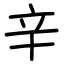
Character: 辛